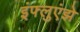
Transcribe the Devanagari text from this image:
इंफ्लुएंझे